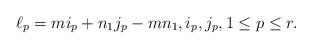
LaTeX: \begin{align*}\ell_p= m i_p +n_1 j_p-m n_1,i_p,j_p ,1\leq p\leq r.\end{align*}